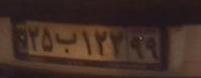
۲۵ب۱۲۲۹۹